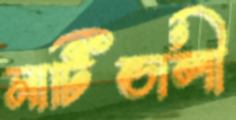
মাটিডালী